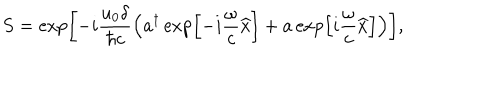
LaTeX: S = \exp \left[ - i \frac { u _ { 0 } \delta } { \hbar c } \left( a ^ { \dagger } \exp \left[ - i \frac { \omega } { c } \widehat { x } \right] + a \exp \left[ i \frac { \omega } { c } \widehat { x } \right] \right) \right] ,